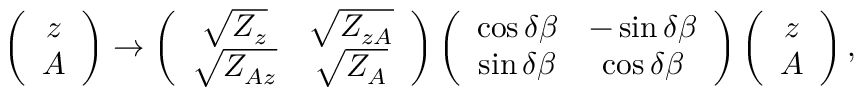
\left( \begin{array} { c } { { z } } \\ { { A } } \end{array} \right) \rightarrow \left( \begin{array} { c c } { { \sqrt { Z _ { z } } } } & { { \sqrt { Z _ { z A } } } } \\ { { \sqrt { Z _ { A z } } } } & { { \sqrt { Z _ { A } } } } \end{array} \right) \left( \begin{array} { c c } { { \cos \delta \beta } } & { { - \sin \delta \beta } } \\ { { \sin \delta \beta } } & { { \cos \delta \beta } } \end{array} \right) \left( \begin{array} { c } { { z } } \\ { { A } } \end{array} \right) ,